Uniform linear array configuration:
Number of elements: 24
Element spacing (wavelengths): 0.5
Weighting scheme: exponential
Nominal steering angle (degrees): -60
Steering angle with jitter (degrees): -58.112
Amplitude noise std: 0.05
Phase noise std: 0.05

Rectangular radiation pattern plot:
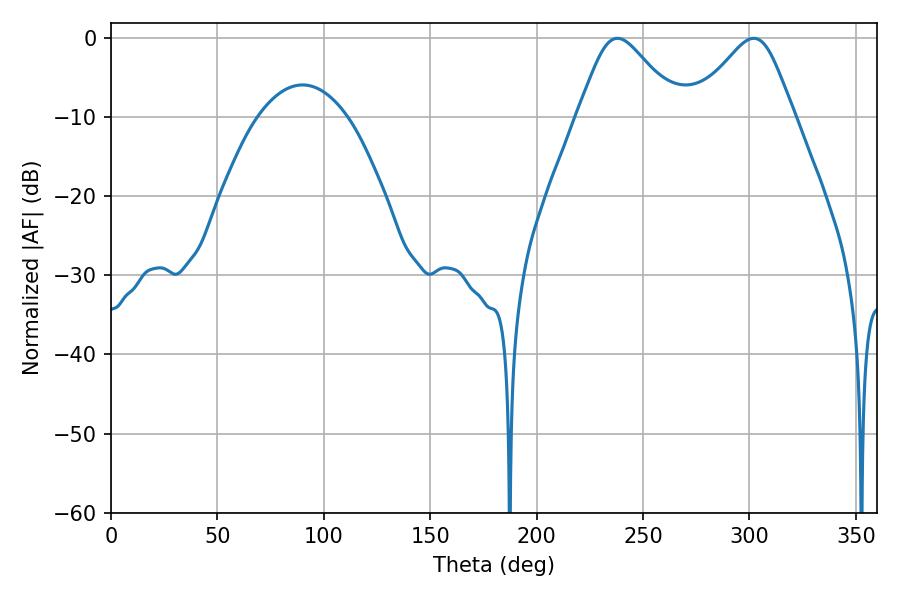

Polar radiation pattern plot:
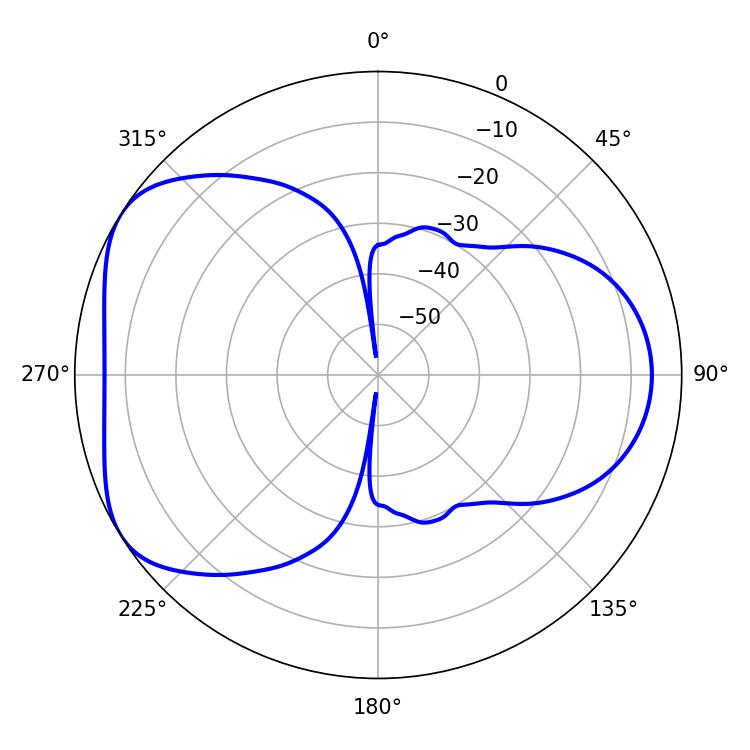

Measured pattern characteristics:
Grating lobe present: FALSE
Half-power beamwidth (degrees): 23.4
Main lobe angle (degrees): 237.96